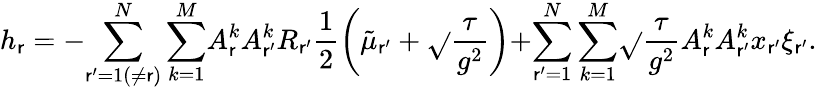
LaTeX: h_{\mathsf{r}}=-{\sum_{\mathsf{r}^{\prime}=1(\neq\mathsf{r})}^{N}\sum_{k=1}^{M}}A_{\mathsf{r}}^{k}A_{\mathsf{r}^{\prime}}^{k}R_{\mathsf{r}^{\prime}}\frac{{1}}{{2}}\left(\tilde{{\mu}}_{\mathsf{r}^{\prime}}+\sqrt{}{{\frac{{\tau}}{{g^{2}}}}}\right){+}{\sum_{\mathsf{r}^{\prime}=1}^{N}\sum_{k=1}^{M}}\sqrt{}{{\frac{{\tau}}{{g^{2}}}}}A_{\mathsf{r}}^{k}A_{\mathsf{r}^{\prime}}^{k}x_{\mathsf{r}^{\prime}}\xi_{\mathsf{r}^{\prime}}.